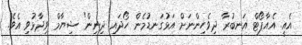
އެއީ. އެއާޕޯޓް އަނބުރާ ދިވެހިންނަށް އަޅުގަނޑުމެން ހޯދައި ދިނިން" ޝިޔާމް ވިދާޅުވި އެވެ.